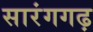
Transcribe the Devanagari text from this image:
सारंगगढ़